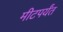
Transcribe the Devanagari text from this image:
मीटपर्यंत